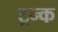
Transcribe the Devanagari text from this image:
ट्रन्क